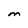
Character: m